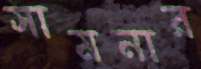
সামনার